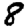
Digit: 8